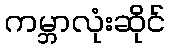
ကမ္ဘာလုံးဆိုင်